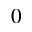
0